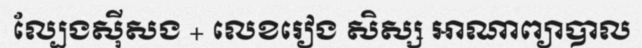
ល្បែងស៊ីសង + លេខរៀង សិស្ស អាណាព្យាបាល